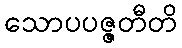
သောပပဇ္ဇတီတိ